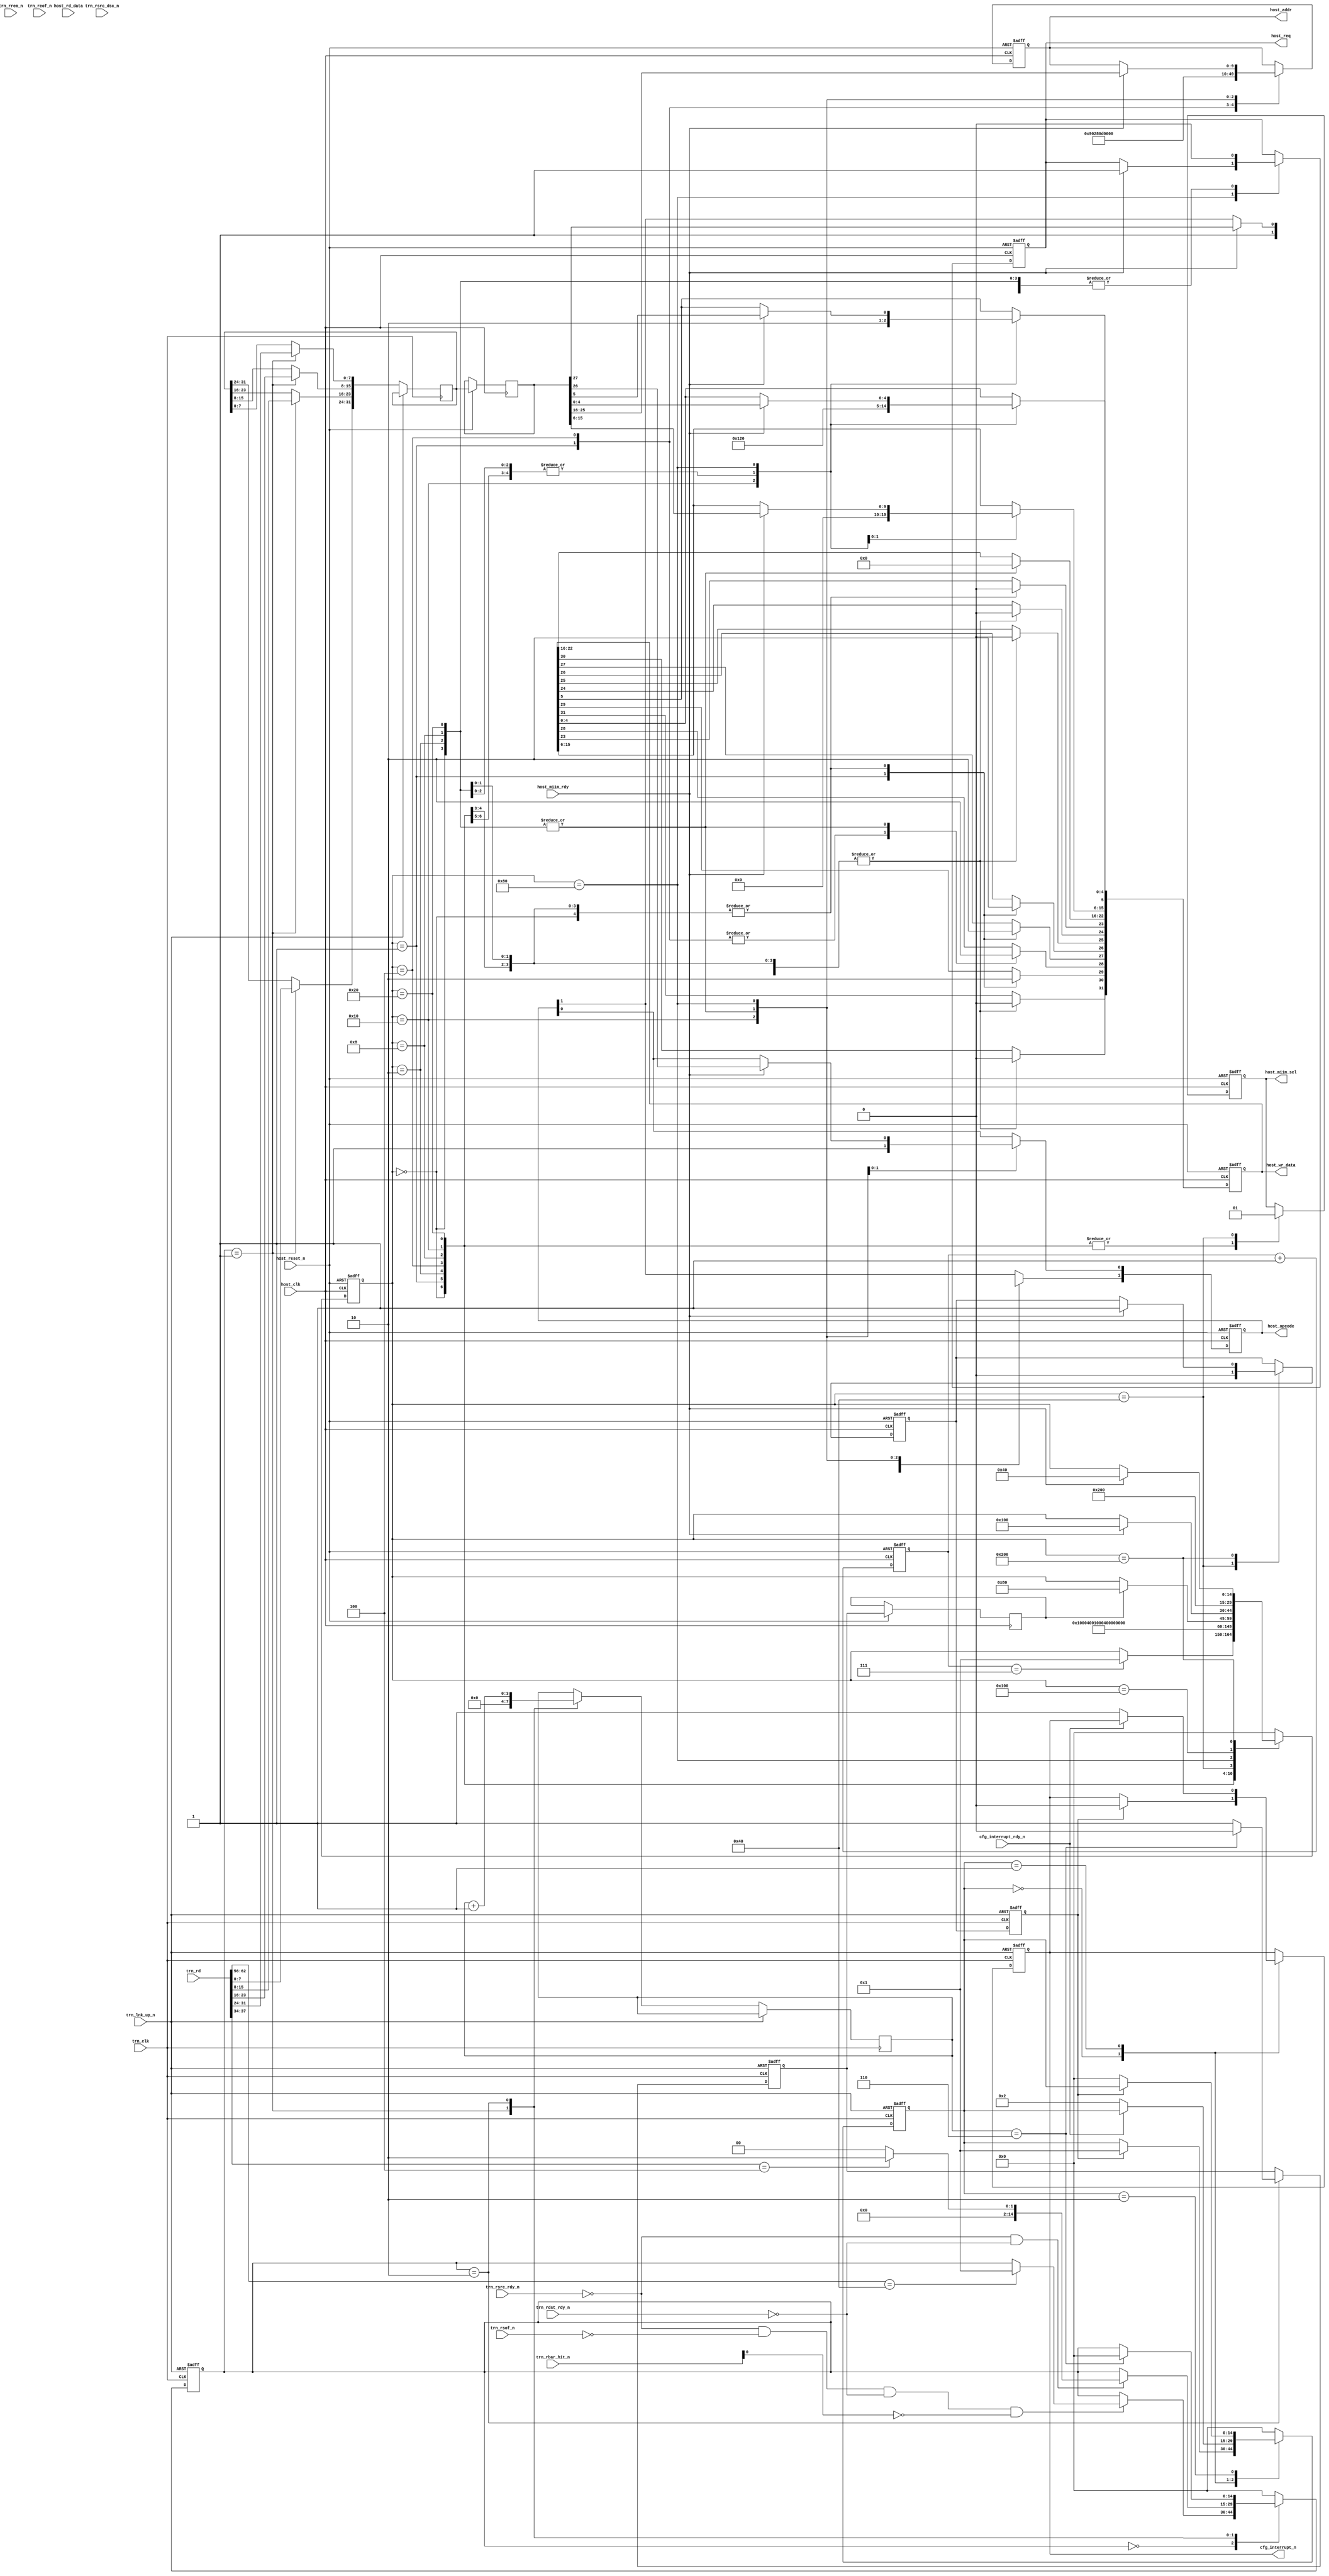
//////////////////////////////////////////////////////////////////////////////////////////////
//////////////////////////////////////////////////////////////////////////////////////////////
`timescale 1ns / 1ps
//`default_nettype none

`define PIO_64_RX_MEM_RD32_FMT_TYPE 7'b00_00000
`define RX_MEM_WR32_FMT_TYPE 7'b10_00000
`define PIO_64_RX_MEM_RD64_FMT_TYPE 7'b01_00000
`define RX_MEM_WR64_FMT_TYPE 7'b11_00000
`define PIO_64_RX_IO_RD32_FMT_TYPE  7'b00_00010
`define PIO_64_RX_IO_WR32_FMT_TYPE  7'b10_00010

module mdio_host_interface (

    input    trn_clk,
    input    trn_lnk_up_n,

    input       [63:0]      trn_rd,
    input       [7:0]       trn_rrem_n,
    input                   trn_rsof_n,
    input                   trn_reof_n,
    input                   trn_rsrc_rdy_n,
    input                   trn_rsrc_dsc_n,
    input       [6:0]       trn_rbar_hit_n,
    input                   trn_rdst_rdy_n,

    output reg              cfg_interrupt_n,
    input                   cfg_interrupt_rdy_n,

    // 50 MHz domain
    input                   host_clk,
    input                   host_reset_n,
    output reg  [1:0]       host_opcode,
    output reg  [9:0]       host_addr,
    output reg  [31:0]      host_wr_data,
    input       [31:0]      host_rd_data,
    output reg              host_miim_sel,
    output reg              host_req,
    input                   host_miim_rdy

    );

    // localparam
    localparam s0  = 15'b000000000000000;
    localparam s1  = 15'b000000000000001;
    localparam s2  = 15'b000000000000010;
    localparam s3  = 15'b000000000000100;
    localparam s4  = 15'b000000000001000;
    localparam s5  = 15'b000000000010000;
    localparam s6  = 15'b000000000100000;
    localparam s7  = 15'b000000001000000;
    localparam s8  = 15'b000000010000000;
    localparam s9  = 15'b000000100000000;
    localparam s10 = 15'b000001000000000;
    localparam s11 = 15'b000010000000000;
    localparam s12 = 15'b000100000000000;
    localparam s13 = 15'b001000000000000;
    localparam s14 = 15'b010000000000000;
    localparam s15 = 15'b100000000000000;

    wire            reset_n = ~trn_lnk_up_n;

    //-------------------------------------------------------
    // Local host_conf_driver
    //-------------------------------------------------------
    reg     [14:0]  host_int_fsm;
    reg             mdio_access_reg;
    reg     [31:0]  host_data_in_reg;
    reg             generate_interrupt_50mhz;
    reg     [2:0]   wait_mac_ready;

    //-------------------------------------------------------
    // Local generate_interrupt
    //-------------------------------------------------------
    reg     [14:0]  interrupt_fsm;
    reg             generate_interrupt_50mhz_reg;

    //-------------------------------------------------------
    // Local mdio_access from pcie
    //-------------------------------------------------------
    reg     [14:0]  tlp_rx_fsm;
    reg             mdio_access;
    reg     [31:0]  host_data_in;
    reg     [3:0]   mdio_access_counter;

    ////////////////////////////////////////////////
    // host_conf_driver
    ////////////////////////////////////////////////
    always @( posedge host_clk or negedge host_reset_n ) begin

        if (!host_reset_n) begin  // reset
            host_opcode <= 2'b11;
            host_addr <= 10'b0;
            host_wr_data <= 32'b0;
            host_miim_sel <= 1'b0;
            host_req <= 1'b0;
            generate_interrupt_50mhz <= 1'b0;
            wait_mac_ready <= 3'b0;
            host_int_fsm <= s0;
        end
        
        else begin  // not reset
            
            mdio_access_reg <= mdio_access;
            host_data_in_reg <= host_data_in;

            wait_mac_ready <= wait_mac_ready +1;

            case (host_int_fsm)

                s0 : begin
                    host_opcode <= 2'b11;
                    host_addr <= 10'b0;
                    host_wr_data <= 32'b0;
                    host_miim_sel <= 1'b0;
                    host_req <= 1'b0;
                    if (wait_mac_ready == 3'b111) begin
                        host_int_fsm <= s1;
                    end
                end

                // see ug148

                s1 : begin                                  // Receiver Configuration Word 1
                    host_opcode[1] <= 1'b0;
                    host_miim_sel <= 1'b0;
                    host_addr <= 10'h240;
                    host_wr_data[15:0] <= 16'b0;            // Pause frame MAC address
                    host_wr_data[25:24] <= 1'b0;            // Length/Type Error Check Disable & Control Frame Length Check Disable
                    host_wr_data[26] <= 1'b1;               // Receiver Preserve Preamble Enable
                    host_wr_data[27] <= 1'b1;               // VLAN Enable
                    host_wr_data[28] <= 1'b1;               // Receiver Enable
                    host_wr_data[29] <= 1'b1;               // In-band FCS Enable
                    host_wr_data[30] <= 1'b0;               // Jumbo Frame Enable
                    host_wr_data[31] <= 1'b0;               // Receiver reset
                    host_int_fsm <= s2;
                end

                s2 : begin
                    host_opcode <= 2'b11;
                    host_addr <= 10'b0;
                    host_wr_data <= 32'b0;
                    host_miim_sel <= 1'b0;
                    host_req <= 1'b0;
                    host_int_fsm <= s3;
                end

                s3 : begin                                  // Transmitter Configuration
                    host_opcode[1] <= 1'b0;
                    host_miim_sel <= 1'b0;
                    host_addr <= 10'h280;
                    host_wr_data[23] <= 1'b0;               // Transmitter Preserve Preamble Enable
                    host_wr_data[24] <= 1'b0;               // Deficit Idle Count Enable
                    host_wr_data[25] <= 1'b0;               // Interframe Gap Adjust Enable
                    host_wr_data[26] <= 1'b0;               // WAN Mode Enable
                    host_wr_data[27] <= 1'b0;               // VLAN Enable
                    host_wr_data[28] <= 1'b1;               // Transmitter Enable
                    host_wr_data[29] <= 1'b0;               // In-band FCS Enable
                    host_wr_data[30] <= 1'b0;               // Jumbo Frame Enable
                    host_wr_data[31] <= 1'b0;               // Transmitter Reset
                    host_int_fsm <= s4;
                end

                s4 : begin
                    host_opcode <= 2'b11;
                    host_addr <= 10'b0;
                    host_wr_data <= 32'b0;
                    host_miim_sel <= 1'b0;
                    host_req <= 1'b0;
                    host_int_fsm <= s5;
                end

                s5 : begin                                  // Management Configuration Word
                    host_opcode[1] <= 2'b0x;
                    host_addr <= 10'h340;
                    host_wr_data[4:0] <= 5'h09;             // Clock Divide
                    host_wr_data[5] <= 1'b1;                // MDIO Enable
                    host_miim_sel <= 1'b0;
                    host_int_fsm <= s6;
                end

                s6 : begin
                    host_opcode <= 2'b11;
                    host_addr <= 10'b0;
                    host_wr_data <= 32'b0;
                    host_miim_sel <= 1'b0;
                    host_req <= 1'b0;
                    host_int_fsm <= s7;
                end

                s7 : begin                                              // wait host configuration
                    host_miim_sel <= 1'b1;
                    generate_interrupt_50mhz <= 1'b0;
                    if (mdio_access_reg) begin
                        host_int_fsm <= s8;
                    end
                end

                s8 : begin
                    if (host_miim_rdy) begin
                        host_opcode <= host_data_in_reg[27:26];
                        host_addr <= host_data_in_reg[25:16];
                        host_wr_data[15:0] <= host_data_in_reg[15:0];
                        host_req <= 1'b1;
                        host_int_fsm <= s9;
                    end
                end

                s9 : begin
                    host_req <= 1'b0;
                    host_int_fsm <= s10;
                end

                s10 : begin
                    if (host_miim_rdy) begin
                        generate_interrupt_50mhz <= 1'b1;
                        host_int_fsm <= s7;
                    end
                end

                default : begin
                    host_int_fsm <= s0;
                end

            endcase
        end     // not reset
    end  //always

    
    ////////////////////////////////////////////////
    // generate_interrupt
    ////////////////////////////////////////////////
    always @( posedge trn_clk or negedge reset_n ) begin

        if (!reset_n ) begin  // reset
            cfg_interrupt_n <= 1'b1;
            generate_interrupt_50mhz_reg <= 1'b0;
            interrupt_fsm <= s0;
        end
        
        else begin  // not reset

            generate_interrupt_50mhz_reg <= generate_interrupt_50mhz;           // one pulse of this signal will last for 5 250MHz ticks. avoid re-trigger

            case (interrupt_fsm)

                s0 : begin
                    if (generate_interrupt_50mhz_reg) begin
                        cfg_interrupt_n <= 1'b0;
                        interrupt_fsm <= s1;
                    end
                end

                s1 : begin
                    if (!cfg_interrupt_rdy_n) begin                                     // write tlp pkt was sent for the interrupt
                        cfg_interrupt_n <= 1'b1;
                        interrupt_fsm <= s2;
                    end
                end

                s2 : begin
                    if (!generate_interrupt_50mhz_reg) begin                            // safe to avoid re-trigger
                        interrupt_fsm <= s0;
                    end
                end

                default : begin 
                    interrupt_fsm <= s0;
                end

            endcase
        end     // not reset
    end  //always


    ////////////////////////////////////////////////
    // mdio_access from pcie
    ////////////////////////////////////////////////
    always @( posedge trn_clk or negedge reset_n ) begin

        if (!reset_n ) begin  // reset
            mdio_access <= 1'b0;
            tlp_rx_fsm <= s0;
        end
        
        else begin  // not reset
            
            case (tlp_rx_fsm)

                s0 : begin
                    if ( (!trn_rsrc_rdy_n) && (!trn_rsof_n) && (!trn_rdst_rdy_n) && (!trn_rbar_hit_n[0])) begin
                        if (trn_rd[62:56] == `RX_MEM_WR32_FMT_TYPE) begin   // extend this to receive RX_MEM_WR64_FMT_TYPE
                            tlp_rx_fsm <= s1;
                        end
                    end
                end

                s1 : begin
                    host_data_in[7:0] <= trn_rd[31:24];
                    host_data_in[15:8] <= trn_rd[23:16];
                    host_data_in[23:16] <= trn_rd[15:8];
                    host_data_in[31:24] <= trn_rd[7:0];
                    if ( (!trn_rsrc_rdy_n) && (!trn_rdst_rdy_n)) begin
                        case (trn_rd[37:34])
                            4'b0100 : begin
                                tlp_rx_fsm <= s2;
                            end
            
                            default : begin //other addresses
                                tlp_rx_fsm <= s0;
                            end

                        endcase
                    end
                    mdio_access_counter <= 4'b0;
                end

                s2 : begin
                    mdio_access <= 1'b1;  // this up for 5 250Mhz ticks (1 50MHz tick)
                    mdio_access_counter <= mdio_access_counter +1;
                    if (mdio_access_counter == 4'h6) begin
                        mdio_access <= 1'b0;
                        tlp_rx_fsm <= s0;
                    end
                end

                default : begin //other TLPs
                    tlp_rx_fsm <= s0;
                end

            endcase
        end     // not reset
    end  //always
   

endmodule // mdio_host_interface

//////////////////////////////////////////////////////////////////////////////////////////////
//////////////////////////////////////////////////////////////////////////////////////////////